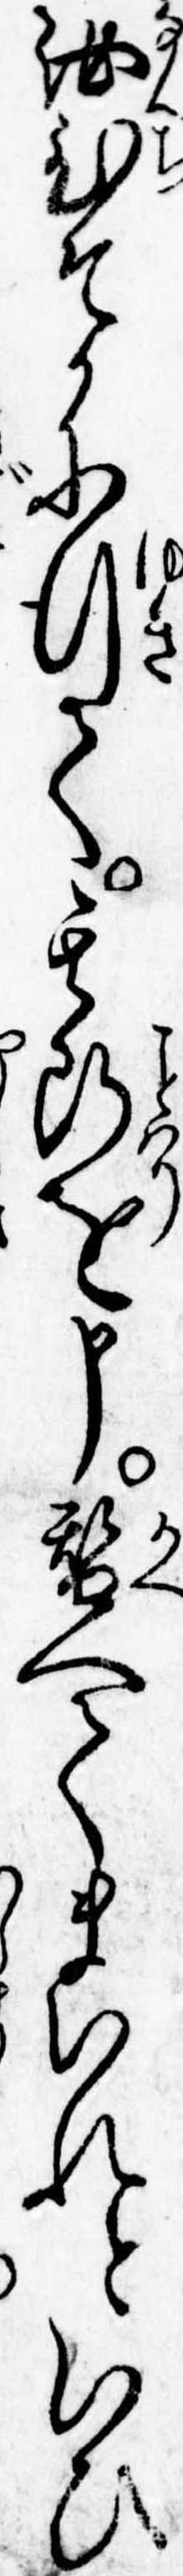
汝ひそかに行て其断を申替へてまいれといひ